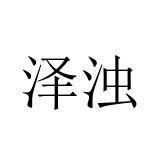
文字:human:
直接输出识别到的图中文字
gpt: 泽浊